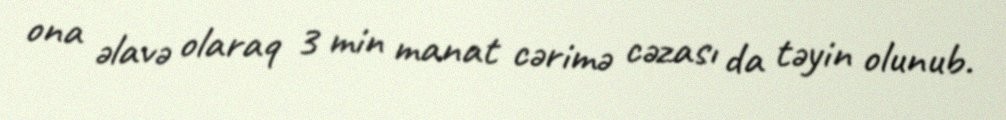
ona əlavə olaraq 3 min manat cərimə cəzası da təyin olunub.